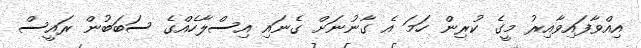
އިއްވާފައިވާއިރު މީގެ ކުރިން ހަމަ އެ ގާނުނަށް ގެނައި އިސްލާހެއްގެ ސަބަބުން ރައީސް